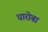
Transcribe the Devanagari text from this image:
धारोबा